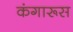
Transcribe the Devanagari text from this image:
कंगारूस